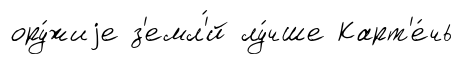
ору́жиjе з'емл'́й лу́чше Карт'е́чь